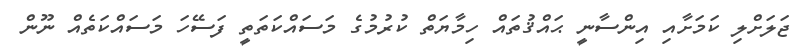
ޖަލަށްލި ކަމަށާއި އިންސާނީ ޙައްޤުތައް ހިމާޔަތް ކުރުމުގެ މަސައްކަތަތީ ފަސޭހަ މަސައްކަތެއް ނޫން